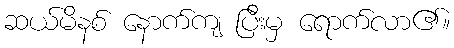
ဆယ်မိနစ် နောက်ကျ ပြီးမှ ရောက်လာ၏။